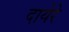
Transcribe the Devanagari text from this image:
दायेरे